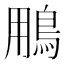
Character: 𩿾